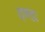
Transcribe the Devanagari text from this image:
दण्डः